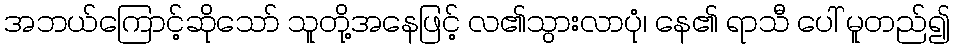
အဘယ်ကြောင့်ဆိုသော် သူတို့အနေဖြင့် လ၏သွားလာပုံ၊ နေ၏ ရာသီ ပေါ် မူတည်၍